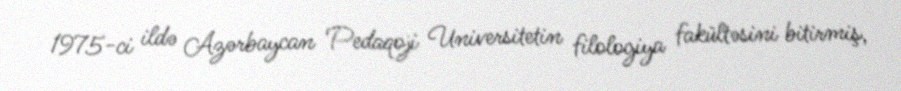
1975-ci ildə Azərbaycan Pedaqoji Universitetin filologiya fakültəsini bitirmiş,